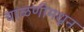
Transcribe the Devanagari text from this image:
चाळणीमधून